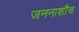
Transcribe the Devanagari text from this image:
जननाशौच